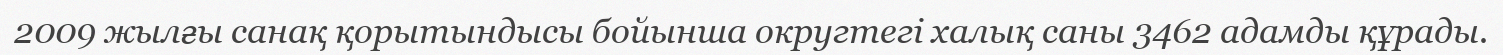
2009 жылғы санақ қорытындысы бойынша округтегі халық саны 3462 адамды құрады.